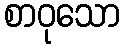
စာဝုသော